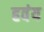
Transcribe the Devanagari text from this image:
हवंय